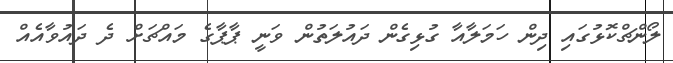
ލޯންޗްކޮޅުގައި ދިން ހަމަލާއާ ގުޅިގެން ދައުލަތުން ވަނީ ޕާޕާގެ މައްޗަށް ދެ ދައުވާއެއް